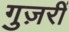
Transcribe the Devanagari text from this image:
गुज़रीं